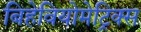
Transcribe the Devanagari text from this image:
बिहेवियोमेट्रिक्स